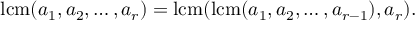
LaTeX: \operatorname { l c m } ( a _ { 1 } , a _ { 2 } , \ldots , a _ { r } ) = \operatorname { l c m } ( \operatorname { l c m } ( a _ { 1 } , a _ { 2 } , \ldots , a _ { r - 1 } ) , a _ { r } ) .